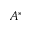
A ^ { * }